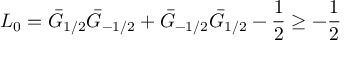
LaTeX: L _ { 0 } = \bar { G } _ { 1 / 2 } \bar { G } _ { - 1 / 2 } + \bar { G } _ { - 1 / 2 } \bar { G } _ { 1 / 2 } - \frac { 1 } { 2 } \geq - \frac { 1 } { 2 }